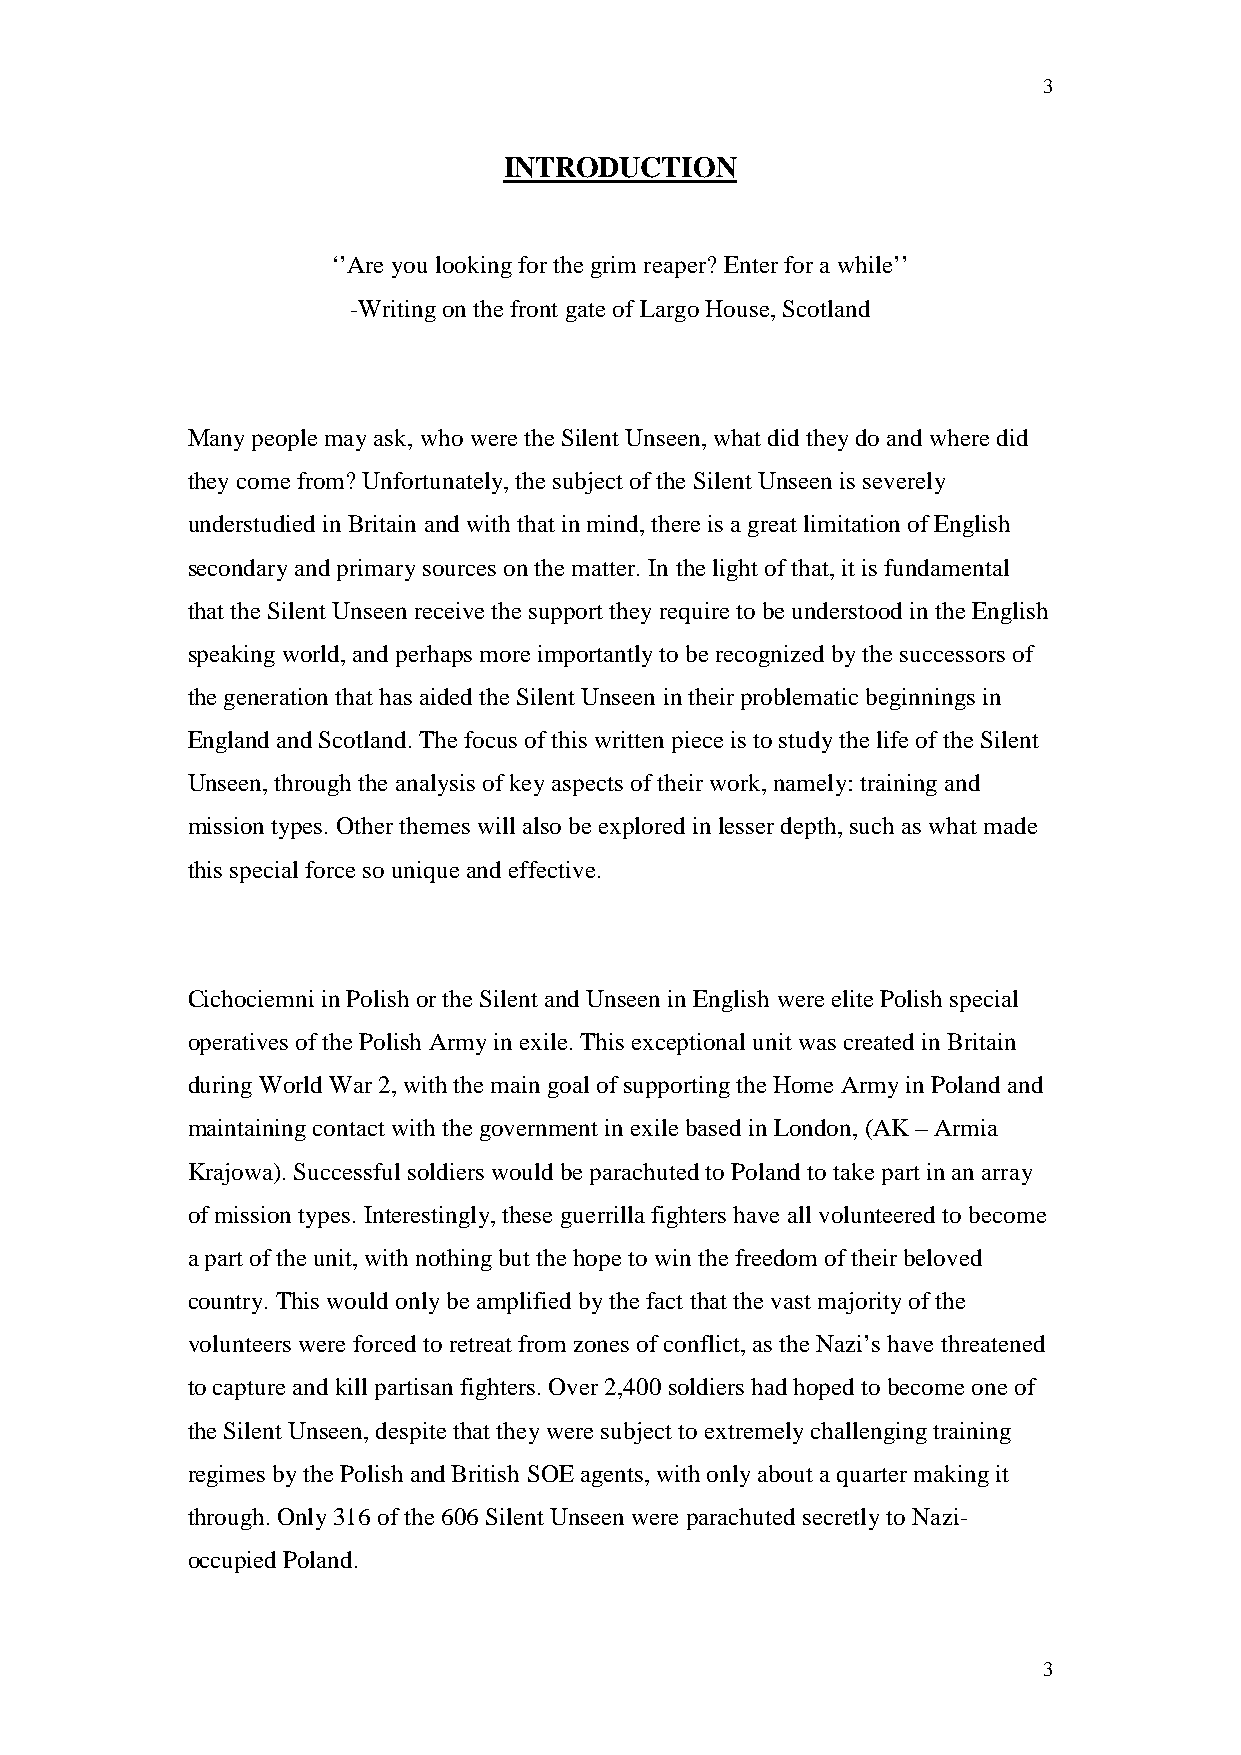
3
 INTRODUCTION
 ‘’Are you looking for the grim reaper? Enter for a while’’
 -Writing on the front gate of Largo House, Scotland
 Many people may ask, who were the Silent Unseen, what did they do and where did
 they come from? Unfortunately, the subject of the Silent Unseen is severely
 understudied in Britain and with that in mind, there is a great limitation of English
 secondary and primary sources on the matter. In the light of that, it is fundamental
 that the Silent Unseen receive the support they require to be understood in the English
 speaking world, and perhaps more importantly to be recognized by the successors of
 the generation that has aided the Silent Unseen in their problematic beginnings in
 England and Scotland. The focus of this written piece is to study the life of the Silent
 Unseen, through the analysis of key aspects of their work, namely: training and
 mission types. Other themes will also be explored in lesser depth, such as what made
 this special force so unique and effective.
 Cichociemni in Polish or the Silent and Unseen in English were elite Polish special
 operatives of the Polish Army in exile. This exceptional unit was created in Britain
 during World War 2, with the main goal of supporting the Home Army in Poland and
 maintaining contact with the government in exile based in London, (AK – Armia
 Krajowa). Successful soldiers would be parachuted to Poland to take part in an array
 of mission types. Interestingly, these guerrilla fighters have all volunteered to become
 a part of the unit, with nothing but the hope to win the freedom of their beloved
 country. This would only be amplified by the fact that the vast majority of the
 volunteers were forced to retreat from zones of conflict, as the Nazi’s have threatened
 to capture and kill partisan fighters. Over 2,400 soldiers had hoped to become one of
 the Silent Unseen, despite that they were subject to extremely challenging training
 regimes by the Polish and British SOE agents, with only about a quarter making it
 through. Only 316 of the 606 Silent Unseen were parachuted secretly to Nazi-
 occupied Poland.
 3